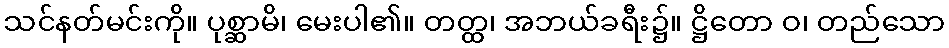
သင်နတ်မင်းကို။ ပုစ္ဆာမိ၊ မေးပါ၏။ တတ္ထ၊ အဘယ်ခရီး၌။ ဋ္ဌိတော ဝ၊ တည်သော